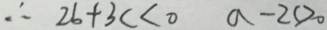
\therefore 2 b + 3 c < 0 a - 2 c > 0